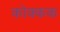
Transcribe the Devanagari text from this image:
कोक्कक